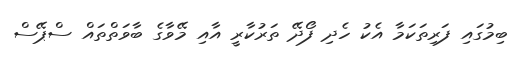
ބިމުގައި ފަރިތަކަމާ އެކު ހެދި ފޯދޭ ތަރުކާރީ އާއި މޭވާގެ ބާވަތްތައް ސްޕޭސް